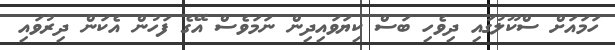
ހަމައަށް ސްކޫލުގައި ދިވެހި ބަސް ކިޔަވައިދިން ނަމަވެސް އޭގެ ފަހުން އެކަން ދިރުވައި